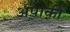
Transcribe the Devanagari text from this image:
अपाकी